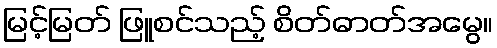
မြင့်မြတ် ဖြူစင်သည့် စိတ်ဓာတ်အမွေ။